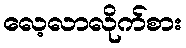
လေ့လာလိုက်စား